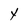
Character: Y